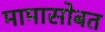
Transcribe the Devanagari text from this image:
मामासोबत